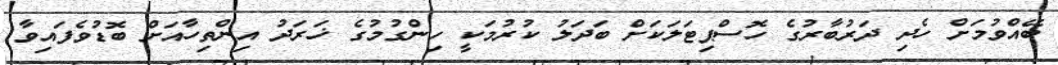
ބޭއްވުމަށް ހެދި ދަރުބާރުގެ ހޮސްޕިޓަލަކަށް ބަދަލު ކުރުމަކީ ހިންގުމުގެ ޚަރަދު އިންތިހާއަށް ބޮޑުވެފައިވާ